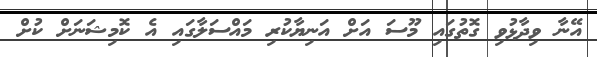
އޭނާ ވިދާޅުވި ގޮތުގައި މޫސަ އަށް އަނިޔާކުރި މައްސަލާގައި އެ ކޮމިޝަނަށް ކުށް